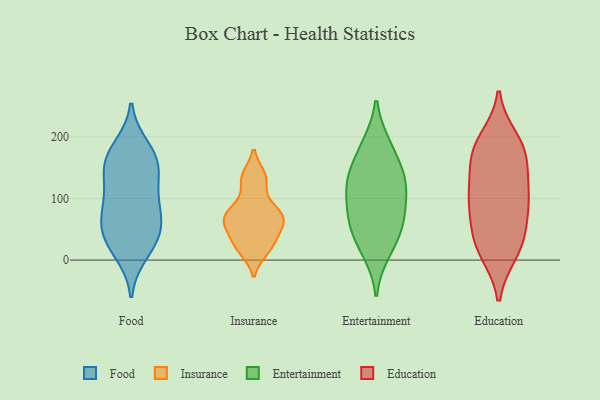
{"axis": {"x": "Page Views", "y": "Value"}, "legend": ["Education", "Entertainment", "Food", "Insurance"], "data": [{"x": "", "y": 31, "type": "Food"}, {"x": "", "y": 13, "type": "Food"}, {"x": "", "y": 181, "type": "Food"}, {"x": "", "y": 161, "type": "Food"}, {"x": "", "y": 56, "type": "Food"}, {"x": "", "y": 163, "type": "Food"}, {"x": "", "y": 103, "type": "Food"}, {"x": "", "y": 39, "type": "Food"}, {"x": "", "y": 144, "type": "Food"}, {"x": "", "y": 152, "type": "Food"}, {"x": "", "y": 89, "type": "Food"}, {"x": "", "y": 51, "type": "Food"}, {"x": "", "y": 87, "type": "Food"}, {"x": "", "y": 40, "type": "Insurance"}, {"x": "", "y": 17, "type": "Insurance"}, {"x": "", "y": 137, "type": "Insurance"}, {"x": "", "y": 59, "type": "Insurance"}, {"x": "", "y": 85, "type": "Insurance"}, {"x": "", "y": 66, "type": "Insurance"}, {"x": "", "y": 119, "type": "Insurance"}, {"x": "", "y": 15, "type": "Insurance"}, {"x": "", "y": 28, "type": "Insurance"}, {"x": "", "y": 75, "type": "Insurance"}, {"x": "", "y": 69, "type": "Insurance"}, {"x": "", "y": 137, "type": "Insurance"}, {"x": "", "y": 51, "type": "Insurance"}, {"x": "", "y": 77, "type": "Insurance"}, {"x": "", "y": 129, "type": "Entertainment"}, {"x": "", "y": 90, "type": "Entertainment"}, {"x": "", "y": 185, "type": "Entertainment"}, {"x": "", "y": 56, "type": "Entertainment"}, {"x": "", "y": 98, "type": "Entertainment"}, {"x": "", "y": 139, "type": "Entertainment"}, {"x": "", "y": 63, "type": "Entertainment"}, {"x": "", "y": 62, "type": "Entertainment"}, {"x": "", "y": 187, "type": "Entertainment"}, {"x": "", "y": 13, "type": "Entertainment"}, {"x": "", "y": 130, "type": "Entertainment"}, {"x": "", "y": 25, "type": "Entertainment"}, {"x": "", "y": 135, "type": "Entertainment"}, {"x": "", "y": 108, "type": "Education"}, {"x": "", "y": 92, "type": "Education"}, {"x": "", "y": 39, "type": "Education"}, {"x": "", "y": 15, "type": "Education"}, {"x": "", "y": 29, "type": "Education"}, {"x": "", "y": 89, "type": "Education"}, {"x": "", "y": 61, "type": "Education"}, {"x": "", "y": 182, "type": "Education"}, {"x": "", "y": 175, "type": "Education"}, {"x": "", "y": 113, "type": "Education"}, {"x": "", "y": 167, "type": "Education"}, {"x": "", "y": 195, "type": "Education"}, {"x": "", "y": 120, "type": "Education"}, {"x": "", "y": 173, "type": "Education"}, {"x": "", "y": 13, "type": "Education"}]}